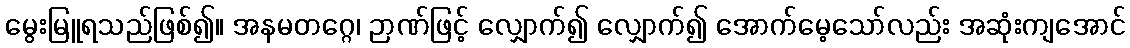
မွေးမြူရသည်ဖြစ်၍။ အနမတဂ္ဂေ၊ ဉာဏ်ဖြင့် လျှောက်၍ လျှောက်၍ အောက်မေ့သော်လည်း အဆုံးကျအောင်